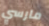
مارسي